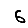
Digit: 6